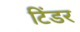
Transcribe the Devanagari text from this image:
टिंडर